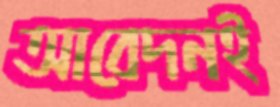
আবেদনই